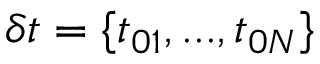
\delta t = \{ t _ { 0 1 } , . . . , t _ { 0 N } \}